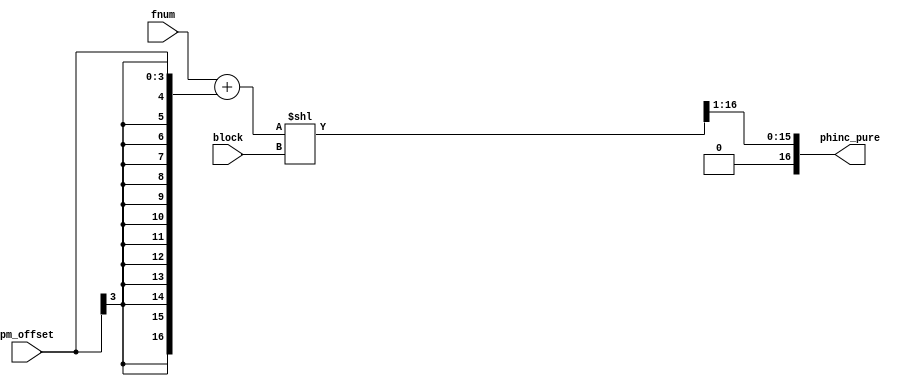
/*  This file is part of JTOPL.

    JTOPL is free software: you can redistribute it and/or modify
    it under the terms of the GNU General Public License as published by
    the Free Software Foundation, either version 3 of the License, or
    (at your option) any later version.

    JTOPL is distributed in the hope that it will be useful,
    but WITHOUT ANY WARRANTY; without even the implied warranty of
    MERCHANTABILITY or FITNESS FOR A PARTICULAR PURPOSE.  See the
    GNU General Public License for more details.

    You should have received a copy of the GNU General Public License
    along with JTOPL.  If not, see <http://www.gnu.org/licenses/>.
    
    Author: Jose Tejada Gomez. Twitter: @topapate
    Version: 1.0
    Date: 13-6-2020
    
*/

module jtopl_pg_inc (
    input        [ 2:0] block,
    input        [ 9:0] fnum,
    input signed [ 3:0] pm_offset,
    output reg   [16:0] phinc_pure
);

reg [16:0] freq;

always @(*) begin 
    freq       = { 7'd0, fnum } + { {13{pm_offset[3]}}, pm_offset };
    // Add PM here
    freq       = freq << block;
    phinc_pure = freq >> 1;
end

endmodule // jtopl_pg_inc